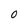
Character: 0